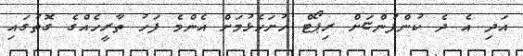
އަދި އެ ދެ ކުންފުންޏަށް ރިޕޯޓް ހުށަހެޅުމަށް އެންމެ ފަހު ތާރީހެއްގެ ގޮތުގައި